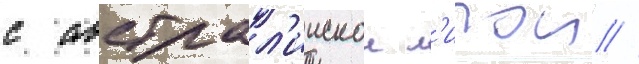
с австрал'иискои л'игои //